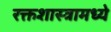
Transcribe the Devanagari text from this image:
रक्तशास्त्रामध्ये